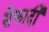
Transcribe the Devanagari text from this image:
सेफार्दी